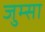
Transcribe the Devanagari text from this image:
जुम्सा